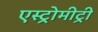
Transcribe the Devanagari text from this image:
एस्ट्रोमीट्री